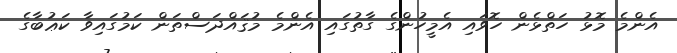
އެންމެ މޮޅު ހަތްޅެން ހޮވައި އެމީހުންގެ ގާތުގައި އެންމެ މުޤައްދަސްތަން ކަމުގައިވާ ކަޢުބާގެ